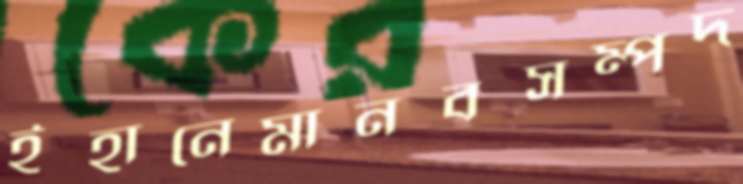
ইহানেমানবসম্পদ